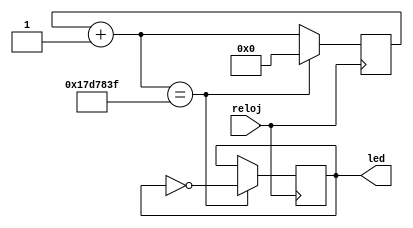
module contador1seg(input reloj, output reg led);
reg [24:0] contador;

always @(posedge reloj)
   begin
	     contador=contador+1'd1;
		  if (contador==25'd24999999)
		  begin 
		  contador =25'd0;
		  led = ~ led;
		  end
		  end
endmodule